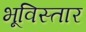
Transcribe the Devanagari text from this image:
भूविस्तार